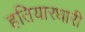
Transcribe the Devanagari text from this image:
हतियारधारी